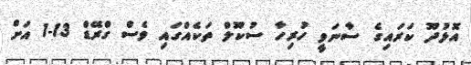
އޮޅުދޫ ކަރައިގެ ސާނަވީ ހުރިހާ ސުކޫލް ތަކެއްގައި ވެސް ގްރޭޑް 13-1 އަށް